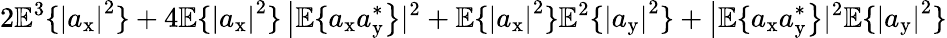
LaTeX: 2\mathbb{E}^{3}\{ \left|a_{\mathrm{x}}\right|^{2}\} +4\mathbb{E}\{ \left|a_{\mathrm{x}}\right|^{2}\} \left|\mathbb{E}\{ a_{\mathrm{x}}a_{\mathrm{y}}^{*}\right\} |^{2}+\mathbb{E}\{ \left|a_{\mathrm{x}}\right|^{2}\} \mathbb{E}^{2}\{ \left|a_{\mathrm{y}}\right|^{2}\} +\left|\mathbb{E}\{ a_{\mathrm{x}}a_{\mathrm{y}}^{*}\right\} |^{2}\mathbb{E}\{ \left|a_{\mathrm{y}}\right|^{2}\}